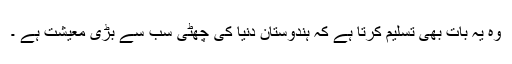
وہ یہ بات بھی تسلیم کرتا ہے کہ ہندوستان دنیا کی چھٹی سب سے بڑی معیشت ہے ۔